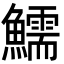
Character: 鱬